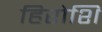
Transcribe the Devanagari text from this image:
हिरोशि